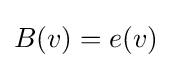
B(v)=e(v)